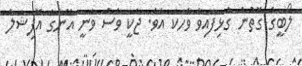
ލޯބީގެ ގޮތުން ގުޅިފައިވާ ވާހަކަ އެވެ. ޖެކީ ވެސް ވަނީ އޭނާގެ އޮފިޝަލް